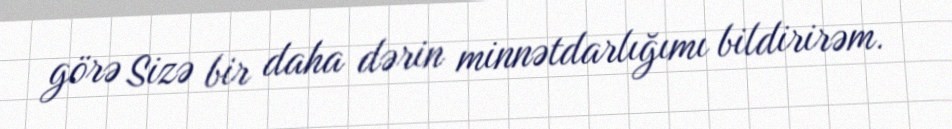
görə Sizə bir daha dərin minnətdarlığımı bildirirəm.